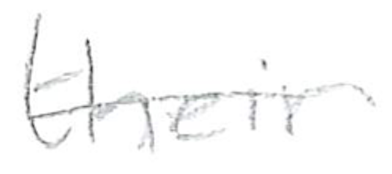
Text: their
Cross-out: single-line
Writing tool: pencil